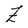
Character: Z